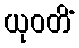
ယုဝတိံ